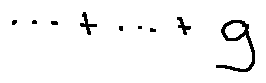
\cdots + \cdots + g